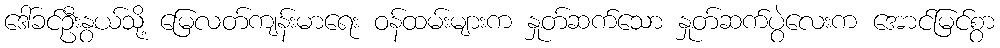
ဒေါ်ခင်ဦးနွယ်သို့ မြေလတ်ကျန်းမာရေး ဝန်ထမ်းများက နှုတ်ဆက်သော နှုတ်ဆက်ပွဲလေးက အောင်မြင်စွာ